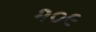
૨૦૯